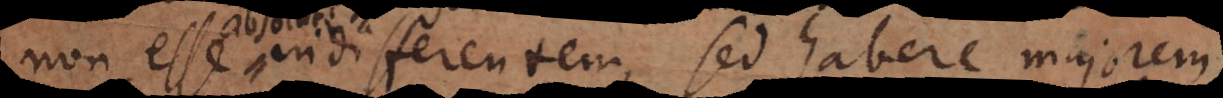
non esse indifferentem, sed habere majorem